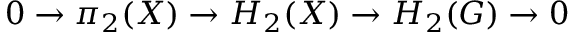
0 \to \pi _ { 2 } ( X ) \to H _ { 2 } ( X ) \to H _ { 2 } ( G ) \to 0